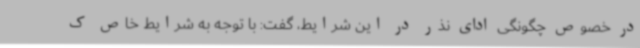
در خصوص چگونگی ادای نذر در این شرایط، گفت: با توجه به شرایط خاص ک